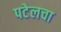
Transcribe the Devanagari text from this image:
पटेलचा